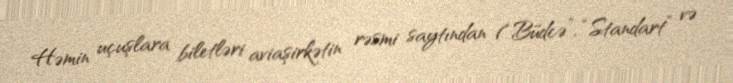
Həmin uçuşlara biletləri aviaşirkətin rəsmi saytından (“Büdcə”, “Standart” və